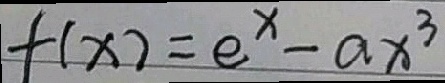
f ( x ) = e ^ { x } - a x ^ { 3 }